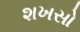
શખસો